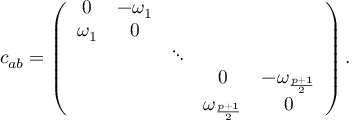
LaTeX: c _ { a b } = \left( \begin{array} { c c c c c } { { 0 } } & { { - \omega _ { 1 } } } & { { } } & { { } } & { { } } \\ { { \omega _ { 1 } } } & { { 0 } } & { { } } & { { } } & { { } } \\ { { } } & { { } } & { { \ddots } } & { { } } & { { } } \\ { { } } & { { } } & { { } } & { { 0 } } & { { - \omega _ { \frac { p + 1 } { 2 } } } } \\ { { } } & { { } } & { { } } & { { \omega _ { \frac { p + 1 } { 2 } } } } & { { 0 } } \end{array} \right) .